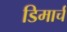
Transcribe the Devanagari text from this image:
डिमार्च